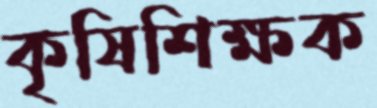
কৃষিশিক্ষক